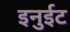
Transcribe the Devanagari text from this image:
इनुईट